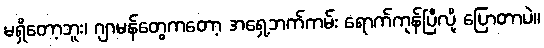
မရှိတော့ဘူး၊ ဂျာမန်တွေကတော့ အရှေ့ဘက်ကမ်း ရောက်ကုန်ပြီလို့ ပြောတာပဲ။